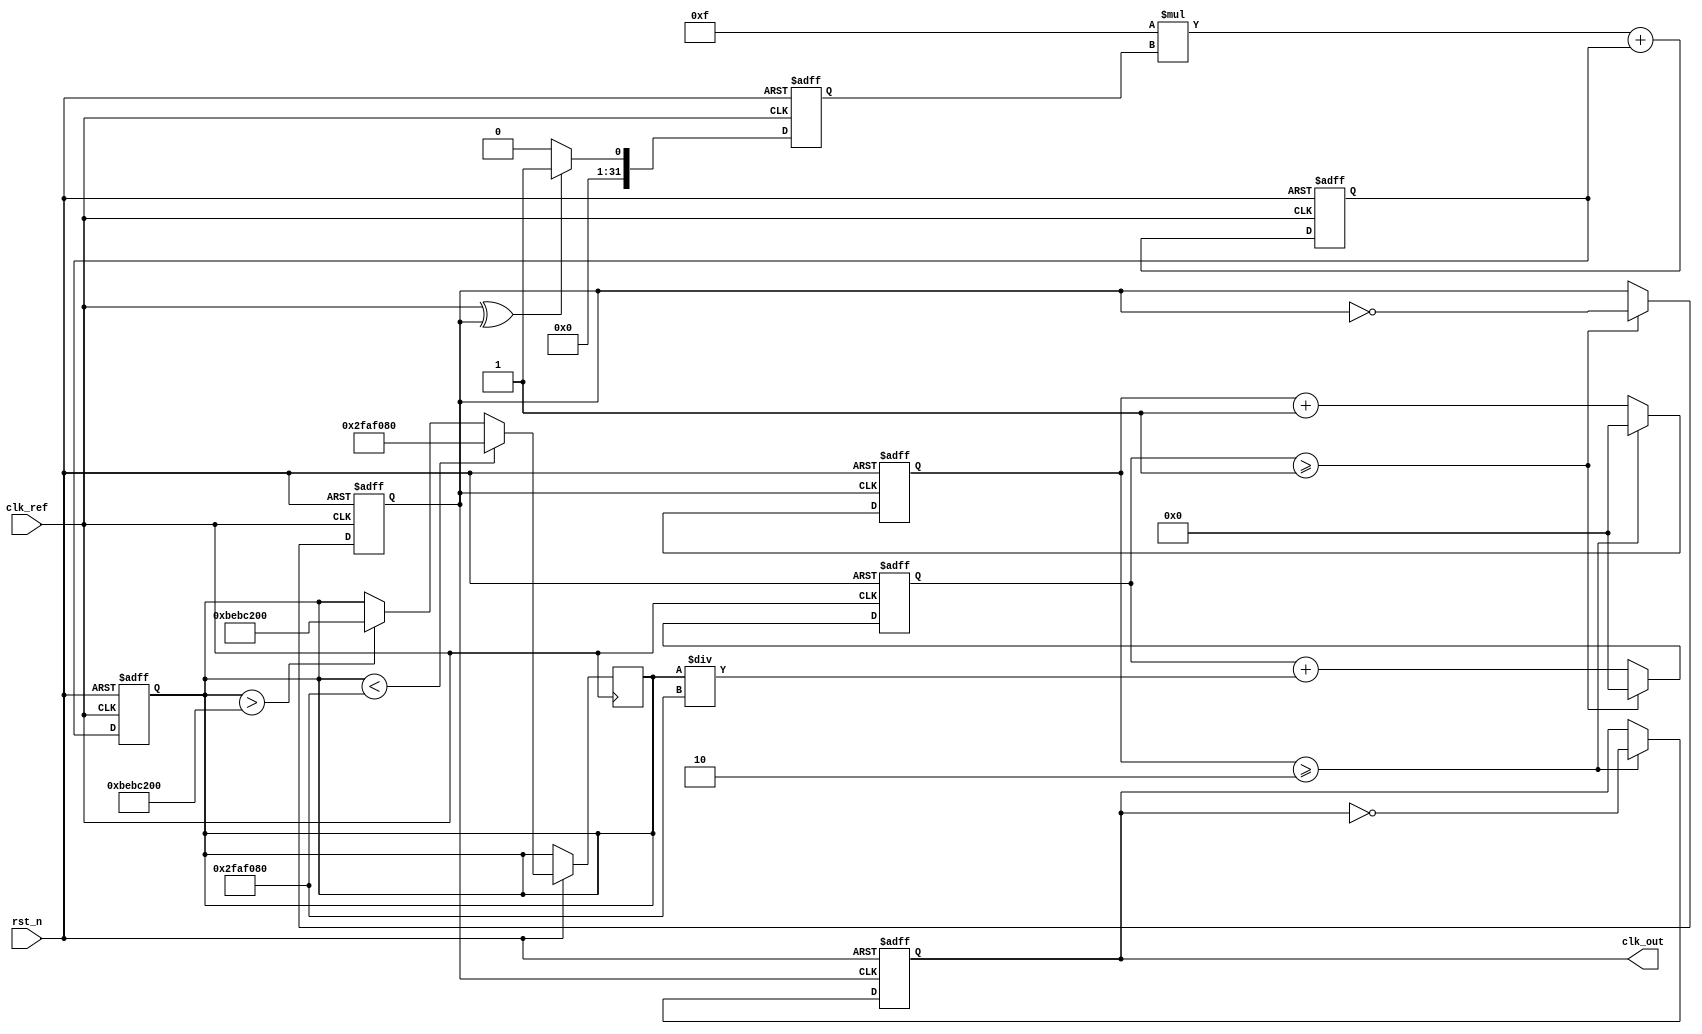
module parameterized_PLL #(
    parameter F_REF = 50_000_000,  // Reference frequency in Hz
    parameter F_OUT = 100_000_000,  // Desired output frequency in Hz
    parameter N = F_OUT / F_REF,     // Division ratio
    parameter LF_GAIN = 8'h0F,       // Loop filter gain (example value)
    parameter VCO_MAX_FREQ = 200_000_000, // Max VCO frequency in Hz
    parameter VCO_MIN_FREQ = 50_000_000  // Min VCO frequency in Hz
)(
    input wire clk_ref,               // Reference clock input
    input wire rst_n,                 // Active low reset
    output reg clk_out                // Output clock
);

    // Internal signals
    reg [31:0] phase_error;           // Phase error signal
    reg [31:0] control_voltage;        // Control voltage for VCO
    reg vco_clk;                      // VCO clock signal
    reg [31:0] vco_counter;            // VCO counter
    reg [31:0] divider_counter;        // Divider counter
    reg [31:0] loop_filter_out;        // Loop filter output

    // Phase Detector (PD)
    always @(posedge clk_ref or negedge rst_n) begin
        if (!rst_n) begin
            phase_error <= 0;
        end else begin
            // Simple XOR phase detector
            phase_error <= (clk_ref ^ vco_clk) ? 1 : 0;
        end
    end

    // Loop Filter (LF) - Simple first-order low-pass filter
    always @(posedge clk_ref or negedge rst_n) begin
        if (!rst_n) begin
            loop_filter_out <= 0;
        end else begin
            loop_filter_out <= (LF_GAIN * phase_error) + loop_filter_out;
        end
    end

    // Voltage-Controlled Oscillator (VCO)
    always @(posedge clk_ref or negedge rst_n) begin
        if (!rst_n) begin
            vco_counter <= 0;
            vco_clk <= 0;
        end else begin
            // Update VCO frequency based on control voltage
            if (control_voltage < VCO_MIN_FREQ) begin
                control_voltage <= VCO_MIN_FREQ;
            end else if (control_voltage > VCO_MAX_FREQ) begin
                control_voltage <= VCO_MAX_FREQ;
            end

            vco_counter <= vco_counter + (control_voltage / F_REF);
            if (vco_counter >= (F_REF / (F_OUT / N))) begin
                vco_clk <= ~vco_clk;
                vco_counter <= 0;
            end
        end
    end

    // Clock Divider
    always @(posedge vco_clk or negedge rst_n) begin
        if (!rst_n) begin
            divider_counter <= 0;
            clk_out <= 0;
        end else begin
            divider_counter <= divider_counter + 1;
            if (divider_counter >= N) begin
                clk_out <= ~clk_out;
                divider_counter <= 0;
            end
        end
    end

    // Control voltage generation
    always @(posedge clk_ref or negedge rst_n) begin
        if (!rst_n) begin
            control_voltage <= 0;
        end else begin
            control_voltage <= loop_filter_out; // Feedback loop
        end
    end

endmodule